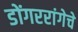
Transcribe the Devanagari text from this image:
डोंगररांगेचे